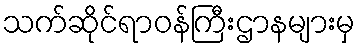
သက်ဆိုင်ရာဝန်ကြီးဌာနများမှ